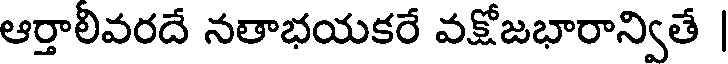
ఆర్తాలివరదే నతాభయకరే వక్షోజభారాన్వితే |